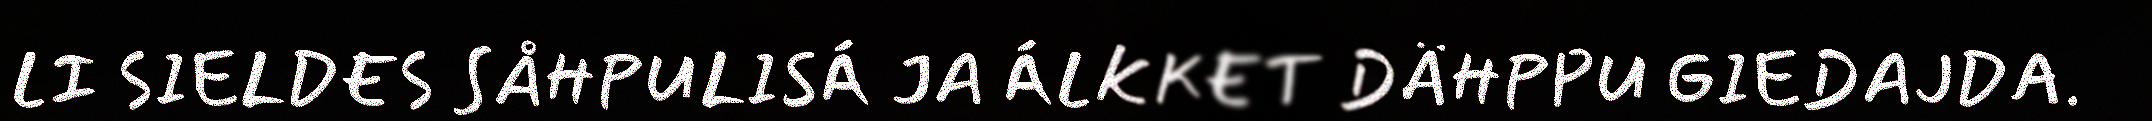
LI SIELDES SÅHPULISÁ JA ÁLKKET DÄHPPU GIEDAJDA.